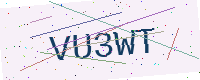
Text: VU3WT